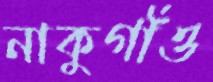
নাকুগাঁও